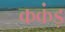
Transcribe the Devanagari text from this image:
ककंड़